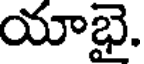
యాభై.